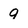
Character: 9